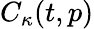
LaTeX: C_{\kappa}(t,p)